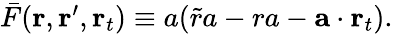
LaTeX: \begin{array}{r}{\bar{F}(\mathbf{r},\mathbf{r}^{\prime},\mathbf{r}_{t})\equiv a(\tilde{r}a-ra-\mathbf{a}\cdot\mathbf{r}_{t}).}\end{array}